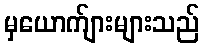
မှယောက်ျားများသည်